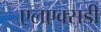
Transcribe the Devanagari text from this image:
एलएक्सडी